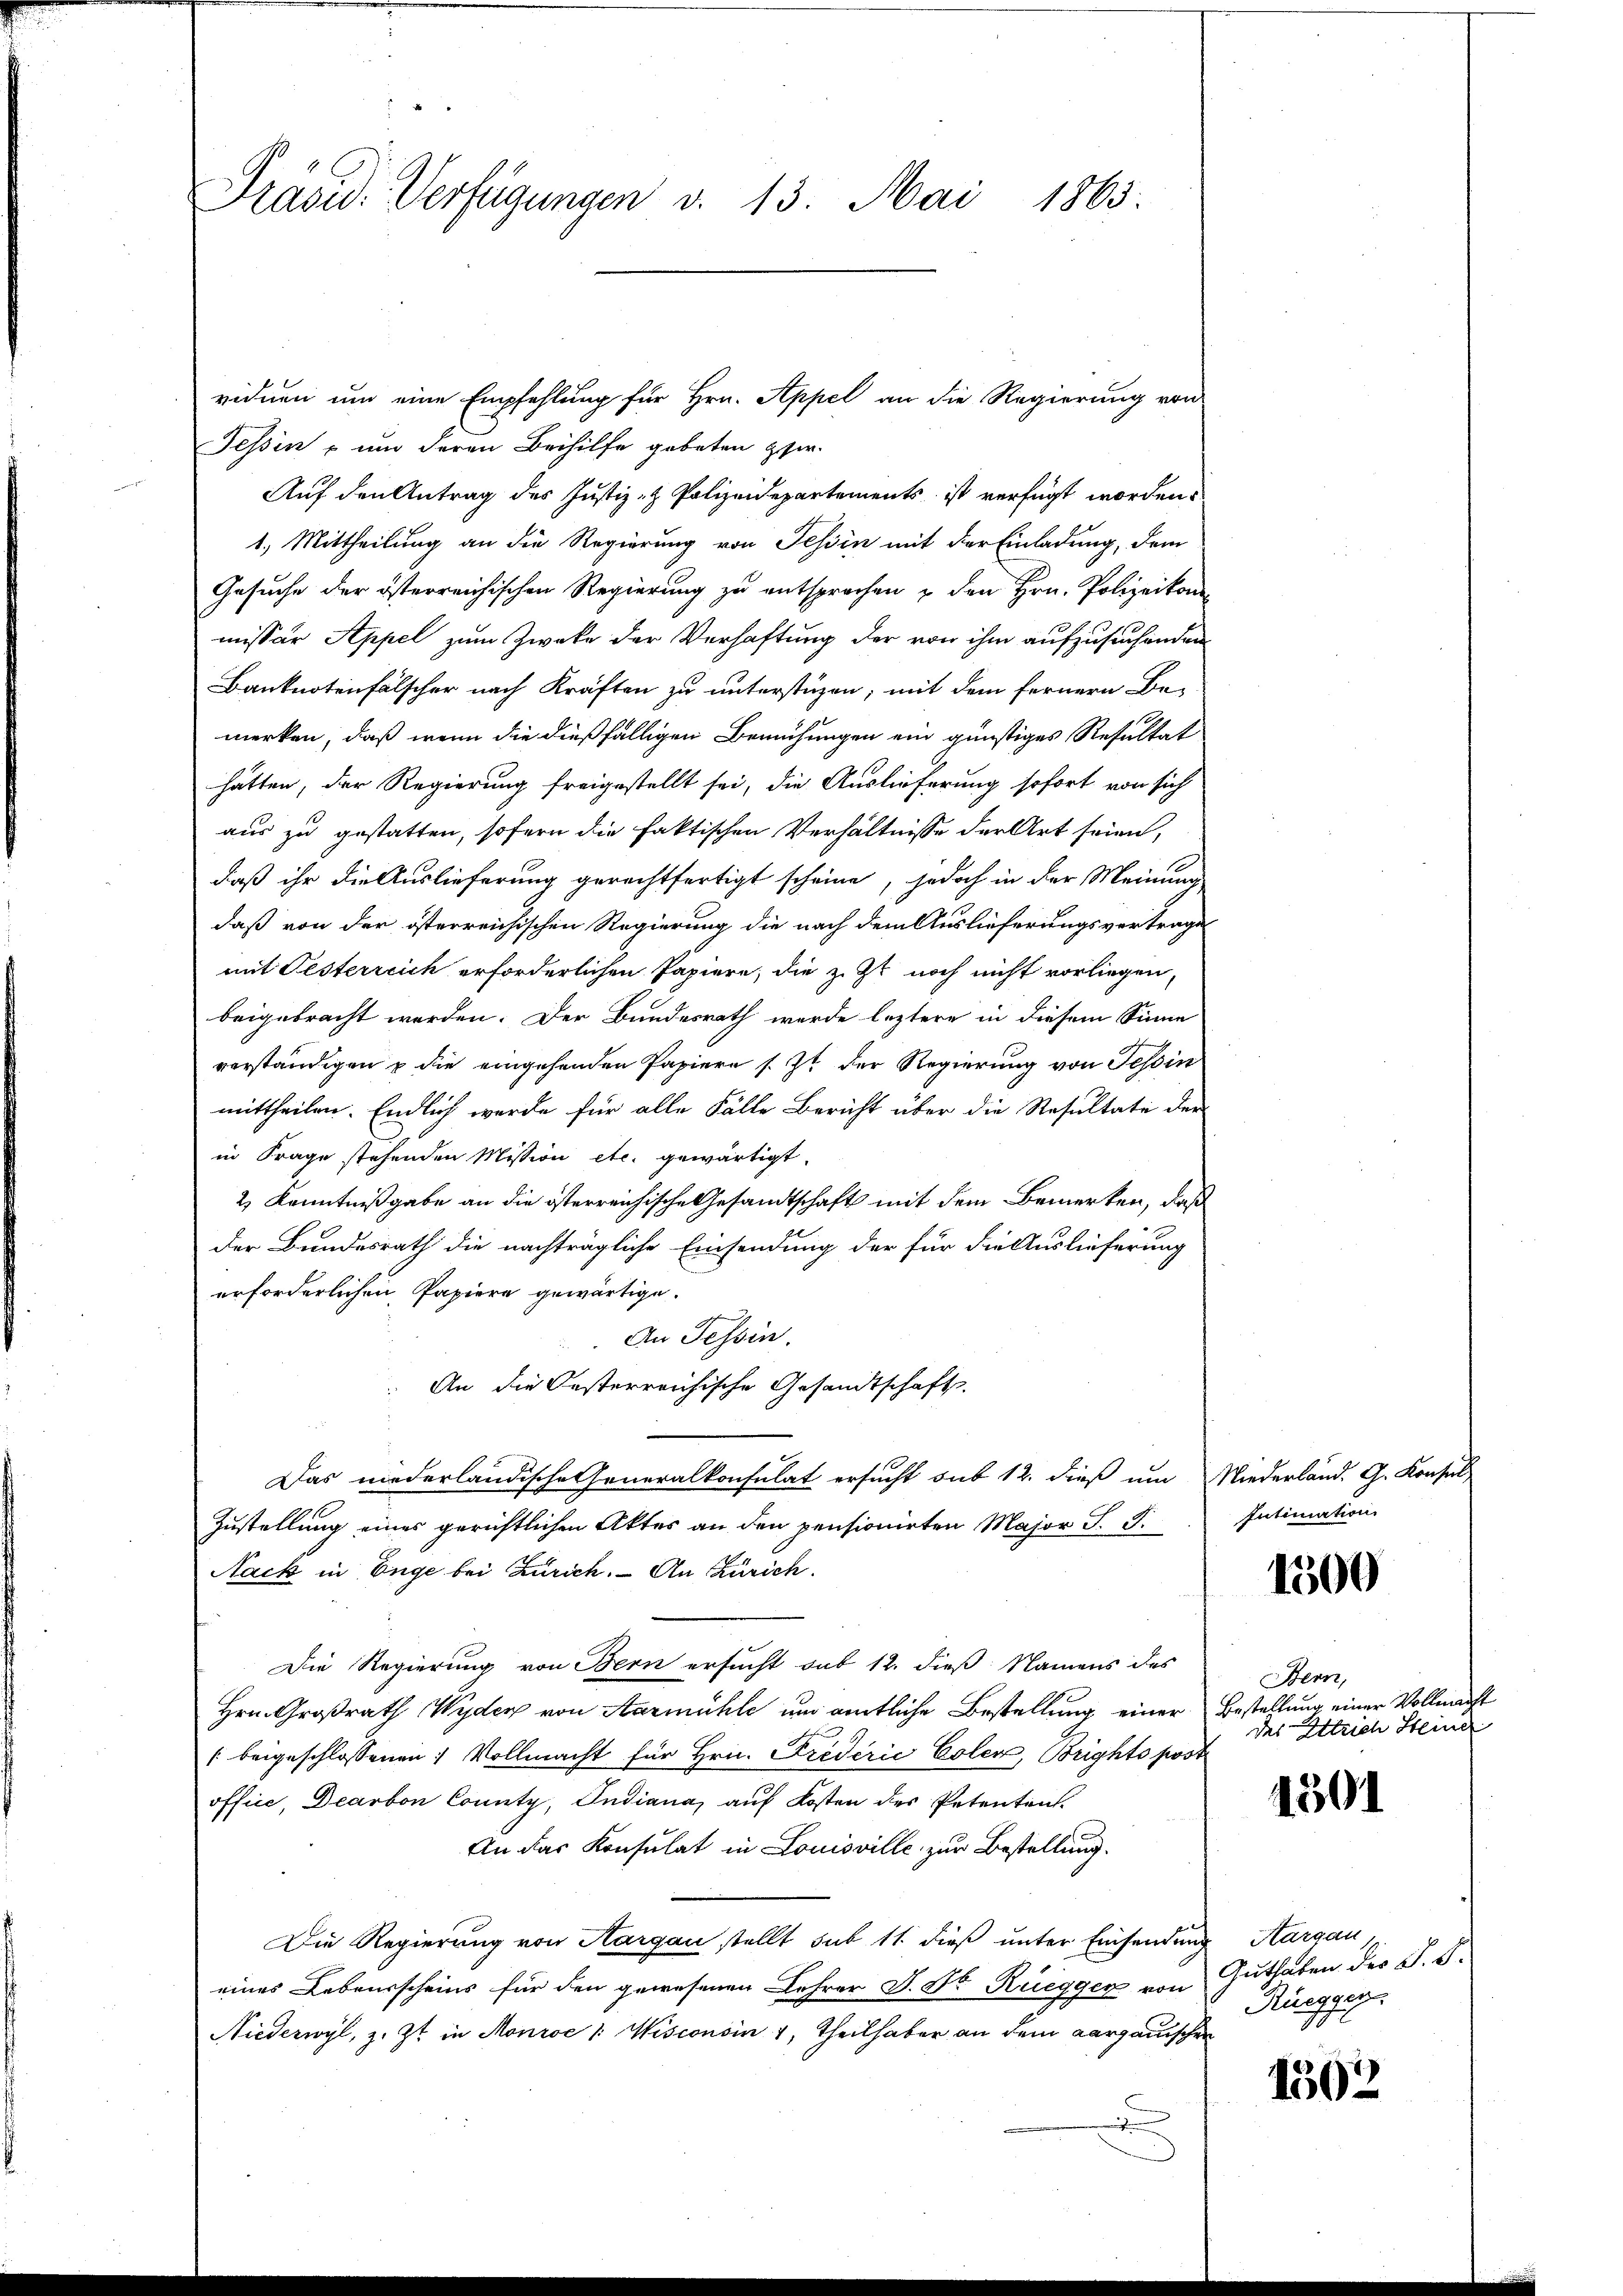
Präsid. Verfügungen v. 13. Mai 1865.

viduen um eine Empfehlung für Hrn. Appel an die Regierung von
Tessin – um deren Beihilfe gebeten per¬
Auf den Antrag des Justiz- & Polizeidepartements ist verfügt worden.
1. Mittheilung an die Regierung von Tessin mit der Einladung, dem
Gesuche der österreichischen Regierung zu entsprochen & den Hrn. Polizeikom
missär Appel zum Zwecke der Verhaftung der von ihm aufzusuchenden
Banknotenfälscher nach Kräften zu unterstüzen; mit dem fernern Be-
merken, daß wenn die dießfälligen Bemühungen ein günstiges Resultat
hätten, der Regierung freigestellt sei, die Auslieferung sofort von sich
aus zu gestatten, sofern die faktischen Verhältnisse der Art seien,
daß ihr die Auslieferung gerechtfertigt scheine, jedoch in der Meinung
daß von der österreichischen Regierung die nach dem Auslieferungsvertrage
mit Festerreich erforderlichen Papiere, die z. Zt. noch nicht vorliegen,
beigebracht werden. Der Bundesrath werde leztere in diesem Sinne
verständigen & die eingehenden Papiere s. Zt. der Regierung von Tessin
mittheilen. Endlich werde für alle Fälle Bericht über die Resultate der
in Frage stehenden Mission etc. gewärtigt.
2) Kenntnißgabe an die österreichische Gesandtschaft mit dem Bemerken, daß
der Bundesrath die nachträgliche Einsendung der für die Auslieferung
erforderlichen Papiere gewärtige.
An Tessin.
 An die Oesterreichische Gesandtschaft.
Das niederländische Generalkonsulat ersucht sub 12. dieß um Niederland. G. Konsul
Zustellung eines gerichtlichen Aktes an den pensionirten Major J. J.
Nack in Enge bei Zürich. - An Zürich
Die Regierung von Bern ersucht sub 12. dieß Namens des
Hrn. Großrath Wyden von Aarmühle und amtliche Bestellung einer Bestellung einer Vollmacht
(beigeschlossenen 1 Vollmacht für Hrn. Fredérić Coler, Brighto post
office, Dearbon County, Indiana, auf Kosten des Petenten.
An das Konsulat in Louisville zur Bestellung.
Die Regierung von Aargau stellt sub 11. dieß unter Einsendung Aargau,
eines Lebensscheins für den gewesenen Lehrer J. Dr Ruegger von Guthaben der S. S.
Niederwyl, z. Zt. in Monroe /: Wisconsin 1, Theilhaber an dem Aargauischen

Intimation

1500

Bern,
des Entrich Steiner

1501

Ruegger
l

1502